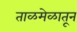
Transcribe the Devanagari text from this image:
ताळमेळातून